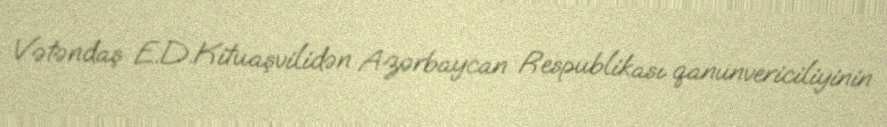
Vətəndaş E.D.Kituaşvilidən Azərbaycan Respublikası qanunvericiliyinin